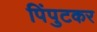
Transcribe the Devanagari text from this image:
पिंपुटकर